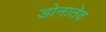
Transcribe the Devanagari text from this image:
डोनातेद